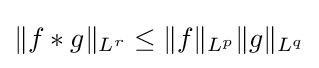
\|f*g\|_{L^{r}}\leq \|f\|_{L^{p}}\|g\|_{L^{q}}